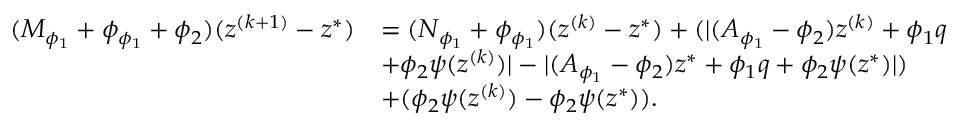
\begin{array} { r l } { ( M _ { \phi _ { 1 } } + \phi _ { \phi _ { 1 } } + \phi _ { 2 } ) ( z ^ { ( k + 1 ) } - z ^ { * } ) } & { = ( N _ { \phi _ { 1 } } + \phi _ { \phi _ { 1 } } ) ( z ^ { ( k ) } - z ^ { * } ) + ( \lvert ( A _ { \phi _ { 1 } } - \phi _ { 2 } ) z ^ { ( k ) } + \phi _ { 1 } q } \\ & { + \phi _ { 2 } \psi ( z ^ { ( k ) } ) \rvert - \lvert ( A _ { \phi _ { 1 } } - \phi _ { 2 } ) z ^ { * } + \phi _ { 1 } q + \phi _ { 2 } \psi ( z ^ { * } ) \rvert ) } \\ & { + ( \phi _ { 2 } \psi ( z ^ { ( k ) } ) - \phi _ { 2 } \psi ( z ^ { * } ) ) . } \end{array}